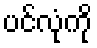
ပင်လုံကို